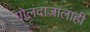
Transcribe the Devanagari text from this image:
गोलंदाजालाही